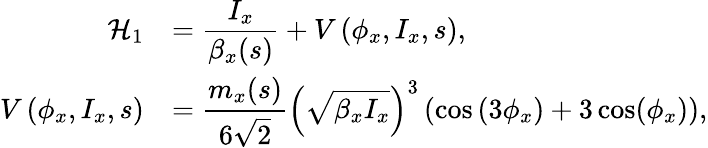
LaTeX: \begin{array}{rl}{\displaystyle\mathcal{H}_{1}}&{=\displaystyle\frac{I_{x}}{\beta_{x}(s)}+V\left(\phi_{x},I_{x},s\right),}\\ {\displaystyle V\left(\phi_{x},I_{x},s\right)}&{=\displaystyle\frac{m_{x}(s)}{6\sqrt 2}\left(\sqrt{\beta_{x}I_{x}}\right)^{3}\left(\cos\left(3\phi_{x}\right)+3\cos(\phi_{x})\right),}\end{array}